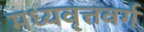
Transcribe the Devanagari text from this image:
मध्यवृत्तवर्ग